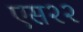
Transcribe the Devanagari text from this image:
एस२२